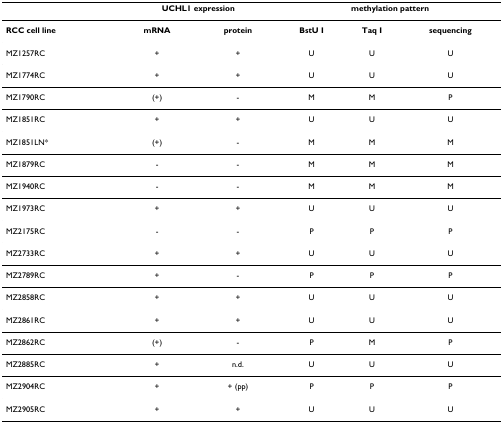
<table><thead><tr><td></td><td colspan="2"><b>UCHL1 expression</b></td><td colspan="3"><b>Methylation pattern</b></td></tr></thead><tbody><tr><td><b>RCC cell line</b></td><td><b>mRNA</b></td><td><b>protein</b></td><td><b>BstU I</b></td><td><b>Taq I</b></td><td><b>sequencing</b></td></tr><tr><td>MZ1257RC</td><td>+</td><td>+</td><td>U</td><td>U</td><td>U</td></tr><tr><td>MZ1774RC</td><td>+</td><td>+</td><td>U</td><td>U</td><td>U</td></tr><tr><td>MZ1790RC</td><td>(+)</td><td>-</td><td>M</td><td>M</td><td>P</td></tr><tr><td>MZ1851RC</td><td>+</td><td>+</td><td>U</td><td>U</td><td>U</td></tr><tr><td>MZ1851LN*</td><td>(+)</td><td>-</td><td>M</td><td>M</td><td>M</td></tr><tr><td>MZ1879RC</td><td>-</td><td>-</td><td>M</td><td>M</td><td>M</td></tr><tr><td>MZ1940RC</td><td>-</td><td>-</td><td>M</td><td>M</td><td>M</td></tr><tr><td>MZ1973RC</td><td>+</td><td>+</td><td>U</td><td>U</td><td>U</td></tr><tr><td>MZ2175RC</td><td>-</td><td>-</td><td>P</td><td>P</td><td>P</td></tr><tr><td>MZ2733RC</td><td>+</td><td>+</td><td>U</td><td>U</td><td>U</td></tr><tr><td>MZ2789RC</td><td>+</td><td>-</td><td>P</td><td>P</td><td>P</td></tr><tr><td>MZ2858RC</td><td>+</td><td>+</td><td>U</td><td>U</td><td>U</td></tr><tr><td>MZ2861RC</td><td>+</td><td>+</td><td>U</td><td>U</td><td>U</td></tr><tr><td>MZ2862RC</td><td>(+)</td><td>-</td><td>P</td><td>M</td><td>P</td></tr><tr><td>MZ2885RC</td><td>+</td><td>n.d.</td><td>U</td><td>U</td><td>U</td></tr><tr><td>MZ2904RC</td><td>+</td><td>+ (pp)</td><td>P</td><td>P</td><td>P</td></tr><tr><td>MZ2905RC</td><td>+</td><td>+</td><td>U</td><td>U</td><td>U</td></tr></tbody></table>